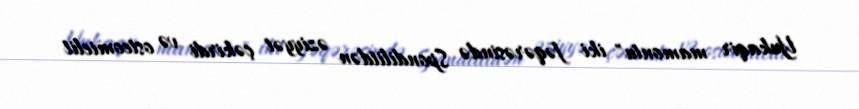
Yukaqir mamontu" iki fəqərəsində Spondilitdən əziyyət çəkirdi və osteomielit